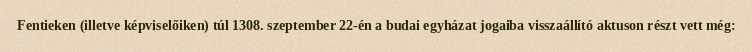
Fentieken (illetve képviselőiken) túl 1308. szeptember 22-én a budai egyházat jogaiba visszaállító aktuson részt vett még: